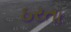
ઠરતા